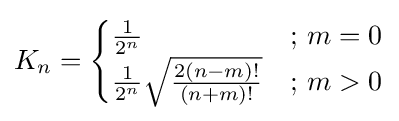
K_{n}={\begin{cases}{\frac {1}{2^{n}}}&{\text{; }}m=0\\{\frac {1}{2^{n}}}{\sqrt {\frac {2(n-m)!}{(n+m)!}}}&{\text{; }}m>0\end{cases}}